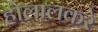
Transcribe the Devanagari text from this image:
होलालकरे